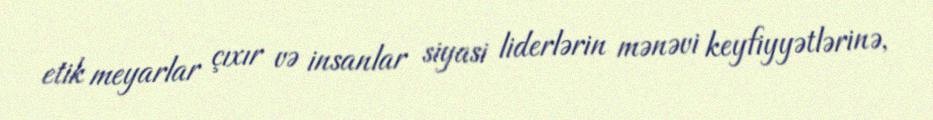
etik meyarlar çıxır və insanlar siyasi liderlərin mənəvi keyfiyyətlərinə,